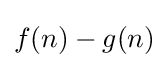
f(n)-g(n)